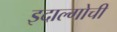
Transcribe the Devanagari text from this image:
इदाल्गोची